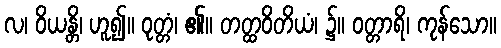
လ၊ ဝိယန္တိ၊ ဟူ၍။ ဝုတ္တံ၊ ၏။ တတ္ထဝိတိယံ၊ ၌။ ဝတ္တာရိ၊ ကုန်သော။